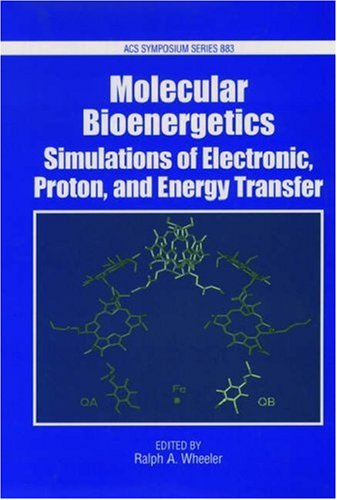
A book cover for Molecular Bioenergetics: Simulations of Electron, Proton, and Energy Transfer (ACS Symposium Series); Science & Math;